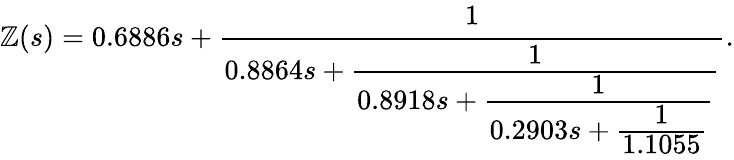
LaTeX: \mathbb{Z}(s)=0.6886s+\cfrac{1}{0.8864s+\cfrac{1}{0.8918s+\cfrac{1}{0.2903s+\cfrac{1}{1.1055}}}}.